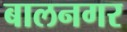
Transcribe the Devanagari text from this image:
बालनगर